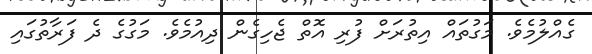
ގެއްލުމެވެ. މަގުތައް އިތުރަށް ފުރި އޮތް ޖެހިގެން ދިއުމެވެ. މަގުގެ ދެ ފަރާތުގައި